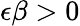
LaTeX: \epsilon\beta>0